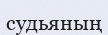
судьяның